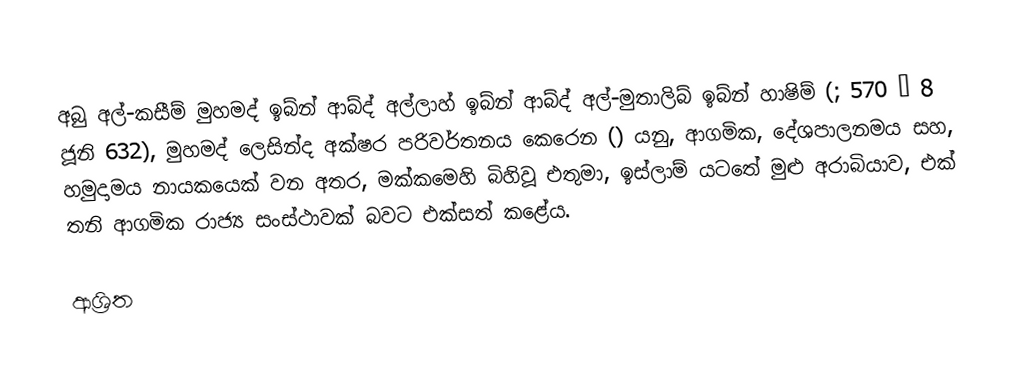
අබු අල්-කසීම් මුහමද් ඉබ්න් ආබ්ද් අල්ලාහ් ඉබ්න් ආබ්ද් අල්-මුතාලිබ් ඉබ්න් හාෂිම් (;  570 –  8 ජූනි 632), මුහමද් ලෙසින්ද අක්ෂර පරිවර්තනය කෙරෙන () යනු, ආගමික, දේශපාලනමය සහ,  හමුදාමය නායකයෙක් වන අතර,    මක්කමෙහි බිහිවූ එතුමා,  ඉස්ලාම් යටතේ මුළු අරාබියාව,  එක් තනි ආගමික  රාජ්‍ය සංස්ථාවක් බවට එක්සත් කළේය.

ආශ්‍රිත